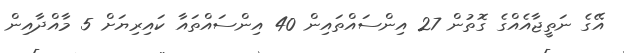
އޭގެ ނަތީޖާއެއްގެ ގޮތުން 27 އިންސައްތައިން 40 އިންސައްތައާ ކައިރިޔަށް 5 މާއްދާއިން